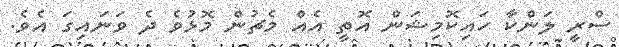
ސްރީ ލަންކާ ހައިކޮމިޝަން އޮތީ އެއް މެޗުން މޮޅުވެ ދެ ވަނައިގަ އެވެ.